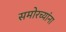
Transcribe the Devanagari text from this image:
समोरच्यांना